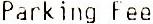
PARKING FEE